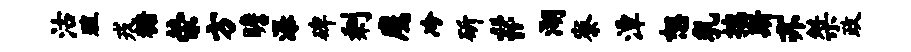
沽殖戎糖荣方瞻瀑碑剩鹰冷斫#湖寮潭恕乳揣斯亦桀政